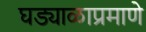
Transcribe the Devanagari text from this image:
घड्याळाप्रमाणे